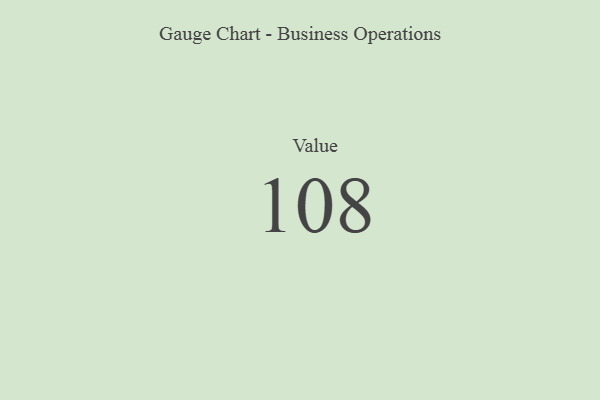
{"axis": {"x": "Metric", "y": "Value"}, "legend": [""], "data": [{"x": "Value", "y": 108, "type": ""}]}